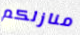
منازلكم